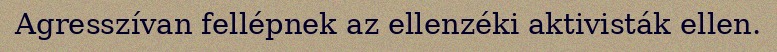
Agresszívan fellépnek az ellenzéki aktivisták ellen.